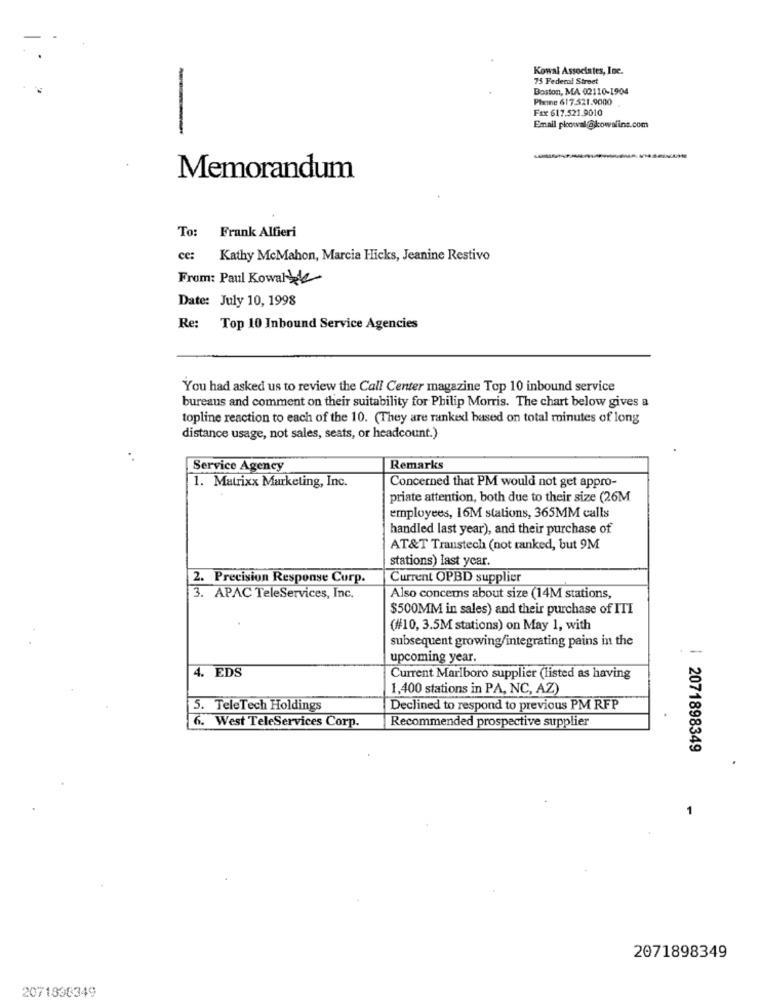
Kowal Associates, Inc.
75 Federal Street
Boston, MA 02110-1904
Pleine 617.521.9000
Fax 617.521.9010
-
Email pkowal @kowaline.com
Memorandum
To:
Frank Alfieri
ce:
Kathy McMahon, Marcia Hicks, Jeanine Restivo
From: Paul Kowalbe
Date: July 10, 1998
Re:
Top 10 Inbound Service Agencies
You had asked us to review the Call Center magazine Top 10 inbound service
bureaus and comment on their suitability for Philip Morris. The chart below gives a
topline reaction to each of the 10. (They are ranked based on total minutes of long
distance usage, not sales, seats, or headcount.)
Service Agency
Remarks
1. Matrixx Marketing, Inc.
Concerned that PM would not get appro-
priate attention, both due to their size (26M
employees, 16M stations, 365MM calls
handled last year), and their purchase of
AT&T Transtech (not ranked, but 9M
stations) last year.
2. Precision Response Corp.
Current OPBD supplier
3. APAC TeleServices, Inc.
Also concerns about size (14M stations,
$500MM in sales) and their purchase of ITI
(#10, 3.5M stations) on May 1, with
subsequent growing/integrating pains in the
upcoming year.
4. EDS
Current Marlboro supplier (listed as having
1,400 stations in PA, NC, AZ)
5. TeleTech Holdings
Declined to respond to previous PM RFP
Recommended prospective supplier
6. West TeleServices Corp.
| 2071898349
2071898349
2071838349